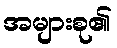
အများစု၏